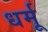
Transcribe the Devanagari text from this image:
धर्मू